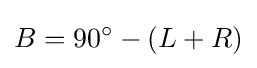
B=90^{\circ }-(L+R)